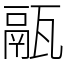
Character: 䰛